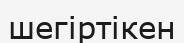
шегіртікен